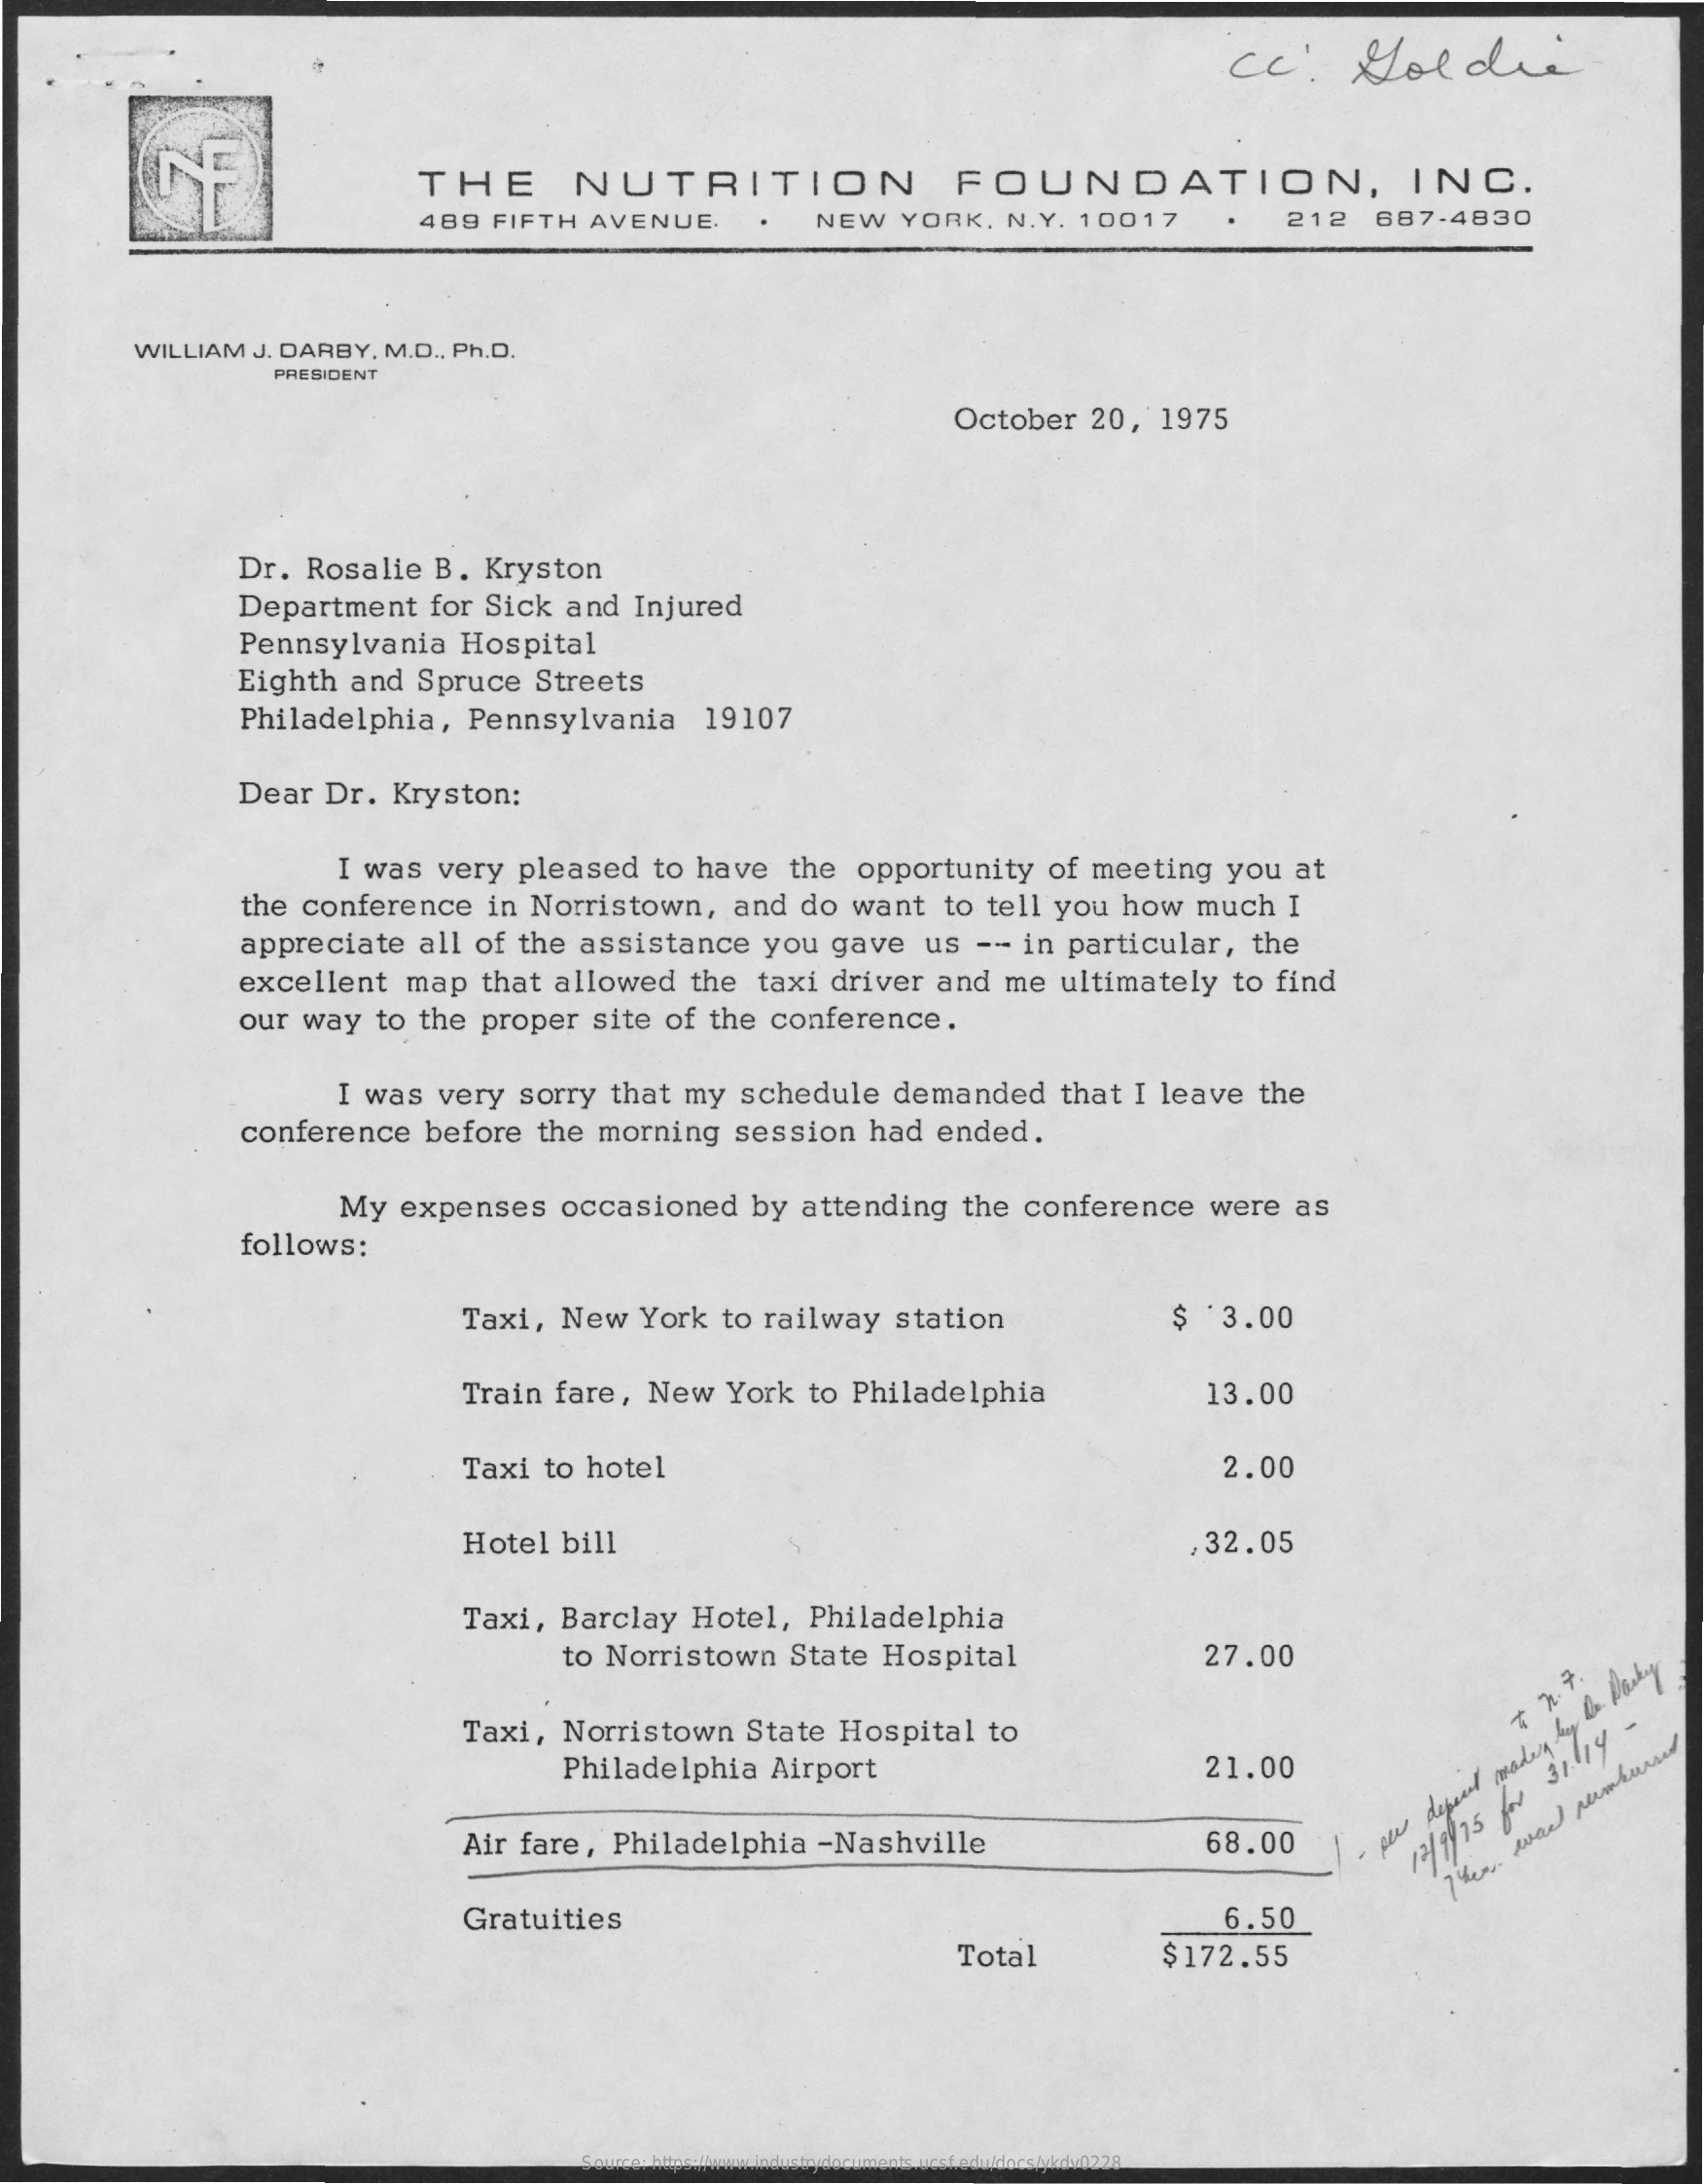
cc:    Goldie
     THE    NUTRITION    FOUNDATION,    INC.
     489    FIFTH    AVENUE.    NEW    YORK,    N.Y.    10017    212    687-4830
     WILLIAM    J. DARBY,    M.D   ., Ph.D.
     PRESIDENT
     October    20,    1975
     Dr.    Rosalie    B.    Kryston
     Department    for   Sick    and    Injured
     Pennsylvania    Hospital
     Eighth    and    Spruce    Streets
     Philadelphia,    Pennsylvania    19107
     Dear    Dr.    Kryston:
     I  was    very    pleased    to   have    the    opportunity    of  meeting    you    at
     the    conference    in   Norristown,    and    do    want    to   tell   you    how    much    I
     appreciate    all   of   the   assistance    you    gave    us    --   in   particular,    the
     excellent    map    that    allowed    the    taxi    driver    and    me    ultimately    to   find
     our    way    to   the   proper    site    of   the   conference.
     I  was    very    sorry    that   my    schedule    demanded    that    I  leave    the
     conference    before    the   morning    session    had    ended.
     My    expenses    occasioned    by    attending    the    conference    were    as
     follows:
     Taxi,    New    York    to  railway    station    $    3.00
     Train    fare,    New    York    to   Philadelphia    13.00
     Taxi    to  hotel    2.00
     Hotel    bill    ,32.05
     Taxi,    Barclay    Hotel,    Philadelphia
     to  Norristown    State    Hospital    27.00
     Taxi,    Norristown    State    Hospital    to
     Philadelphia    Airport    21.00
     Air   fare,    Philadelphia    -Nashville    68.00
     12/
     9/75
     for
     31.114
     -
     Gratuities    6.50
     Total    $172.55
     Source: https://www.industrydocuments.ucsf.edu/docs/ykdv0228